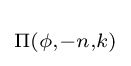
\scriptstyle {\Pi (\phi ,-n,k)}